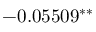
- 0 . 0 5 5 0 9 ^ { \ast \ast }